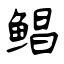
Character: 鲳